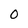
Character: O